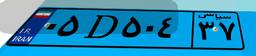
۰۵D۵۰۴۳۷